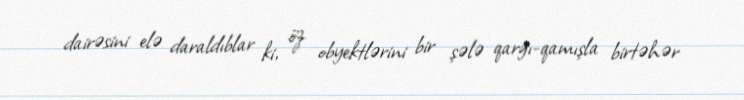
dairəsini elə daraldıblar ki, öz obyektlərini bir şələ qarğı-qamışla birtəhər